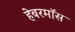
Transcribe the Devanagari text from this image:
हेबरमॉस